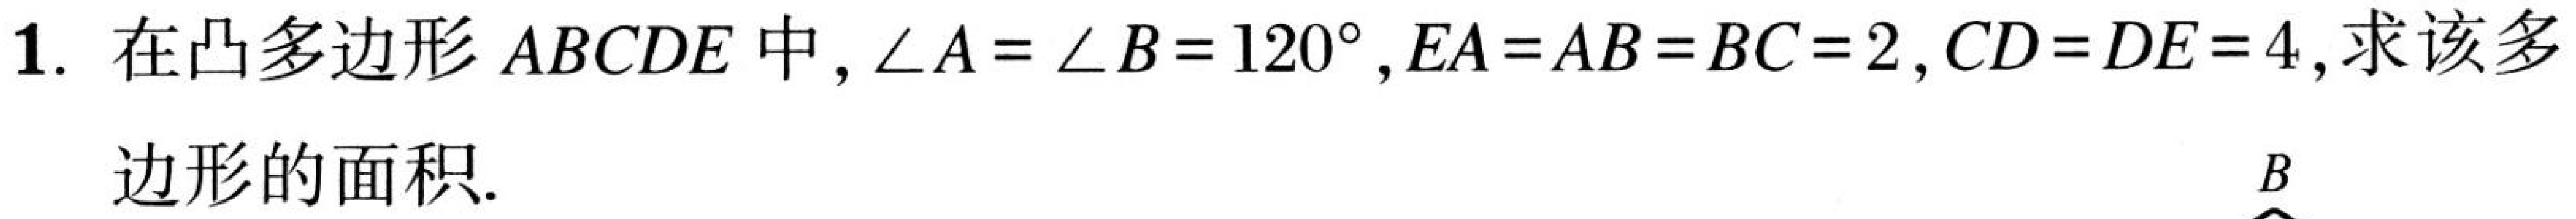
1. 在凸多边形\(ABCDE\)中，\(\angle A = \angle B = 120^{\circ}\)，\(EA = AB = BC = 2\)，\(CD = DE = 4\)，求该多
边形的面积.